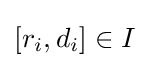
[r_{i},d_{i}]\in I